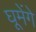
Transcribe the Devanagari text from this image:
घूमेंगे